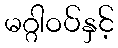
မဂ္ဂါဝပ်နှင့်